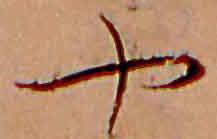
や